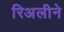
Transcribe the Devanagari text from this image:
रिअलीने